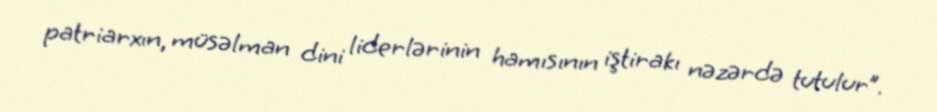
patriarxın, müsəlman dini liderlərinin hamısının iştirakı nəzərdə tutulur”.